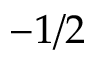
- 1 / 2